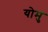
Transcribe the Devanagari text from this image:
योमु